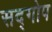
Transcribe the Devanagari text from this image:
सद्गोप